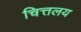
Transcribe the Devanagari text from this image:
चित्तलय